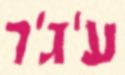
ע'ג'ר